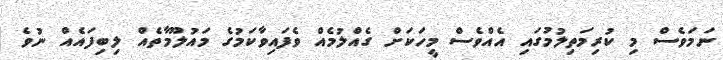
ނަމަވެސް މި ކުރިމަތިލުމުގައި އެއްވެސް މީހަކަށް ގެއްލުމެއް ވެފައިވާކަމުގެ މައުލޫމާތެއް ލިބިފައެއް ނުވެ